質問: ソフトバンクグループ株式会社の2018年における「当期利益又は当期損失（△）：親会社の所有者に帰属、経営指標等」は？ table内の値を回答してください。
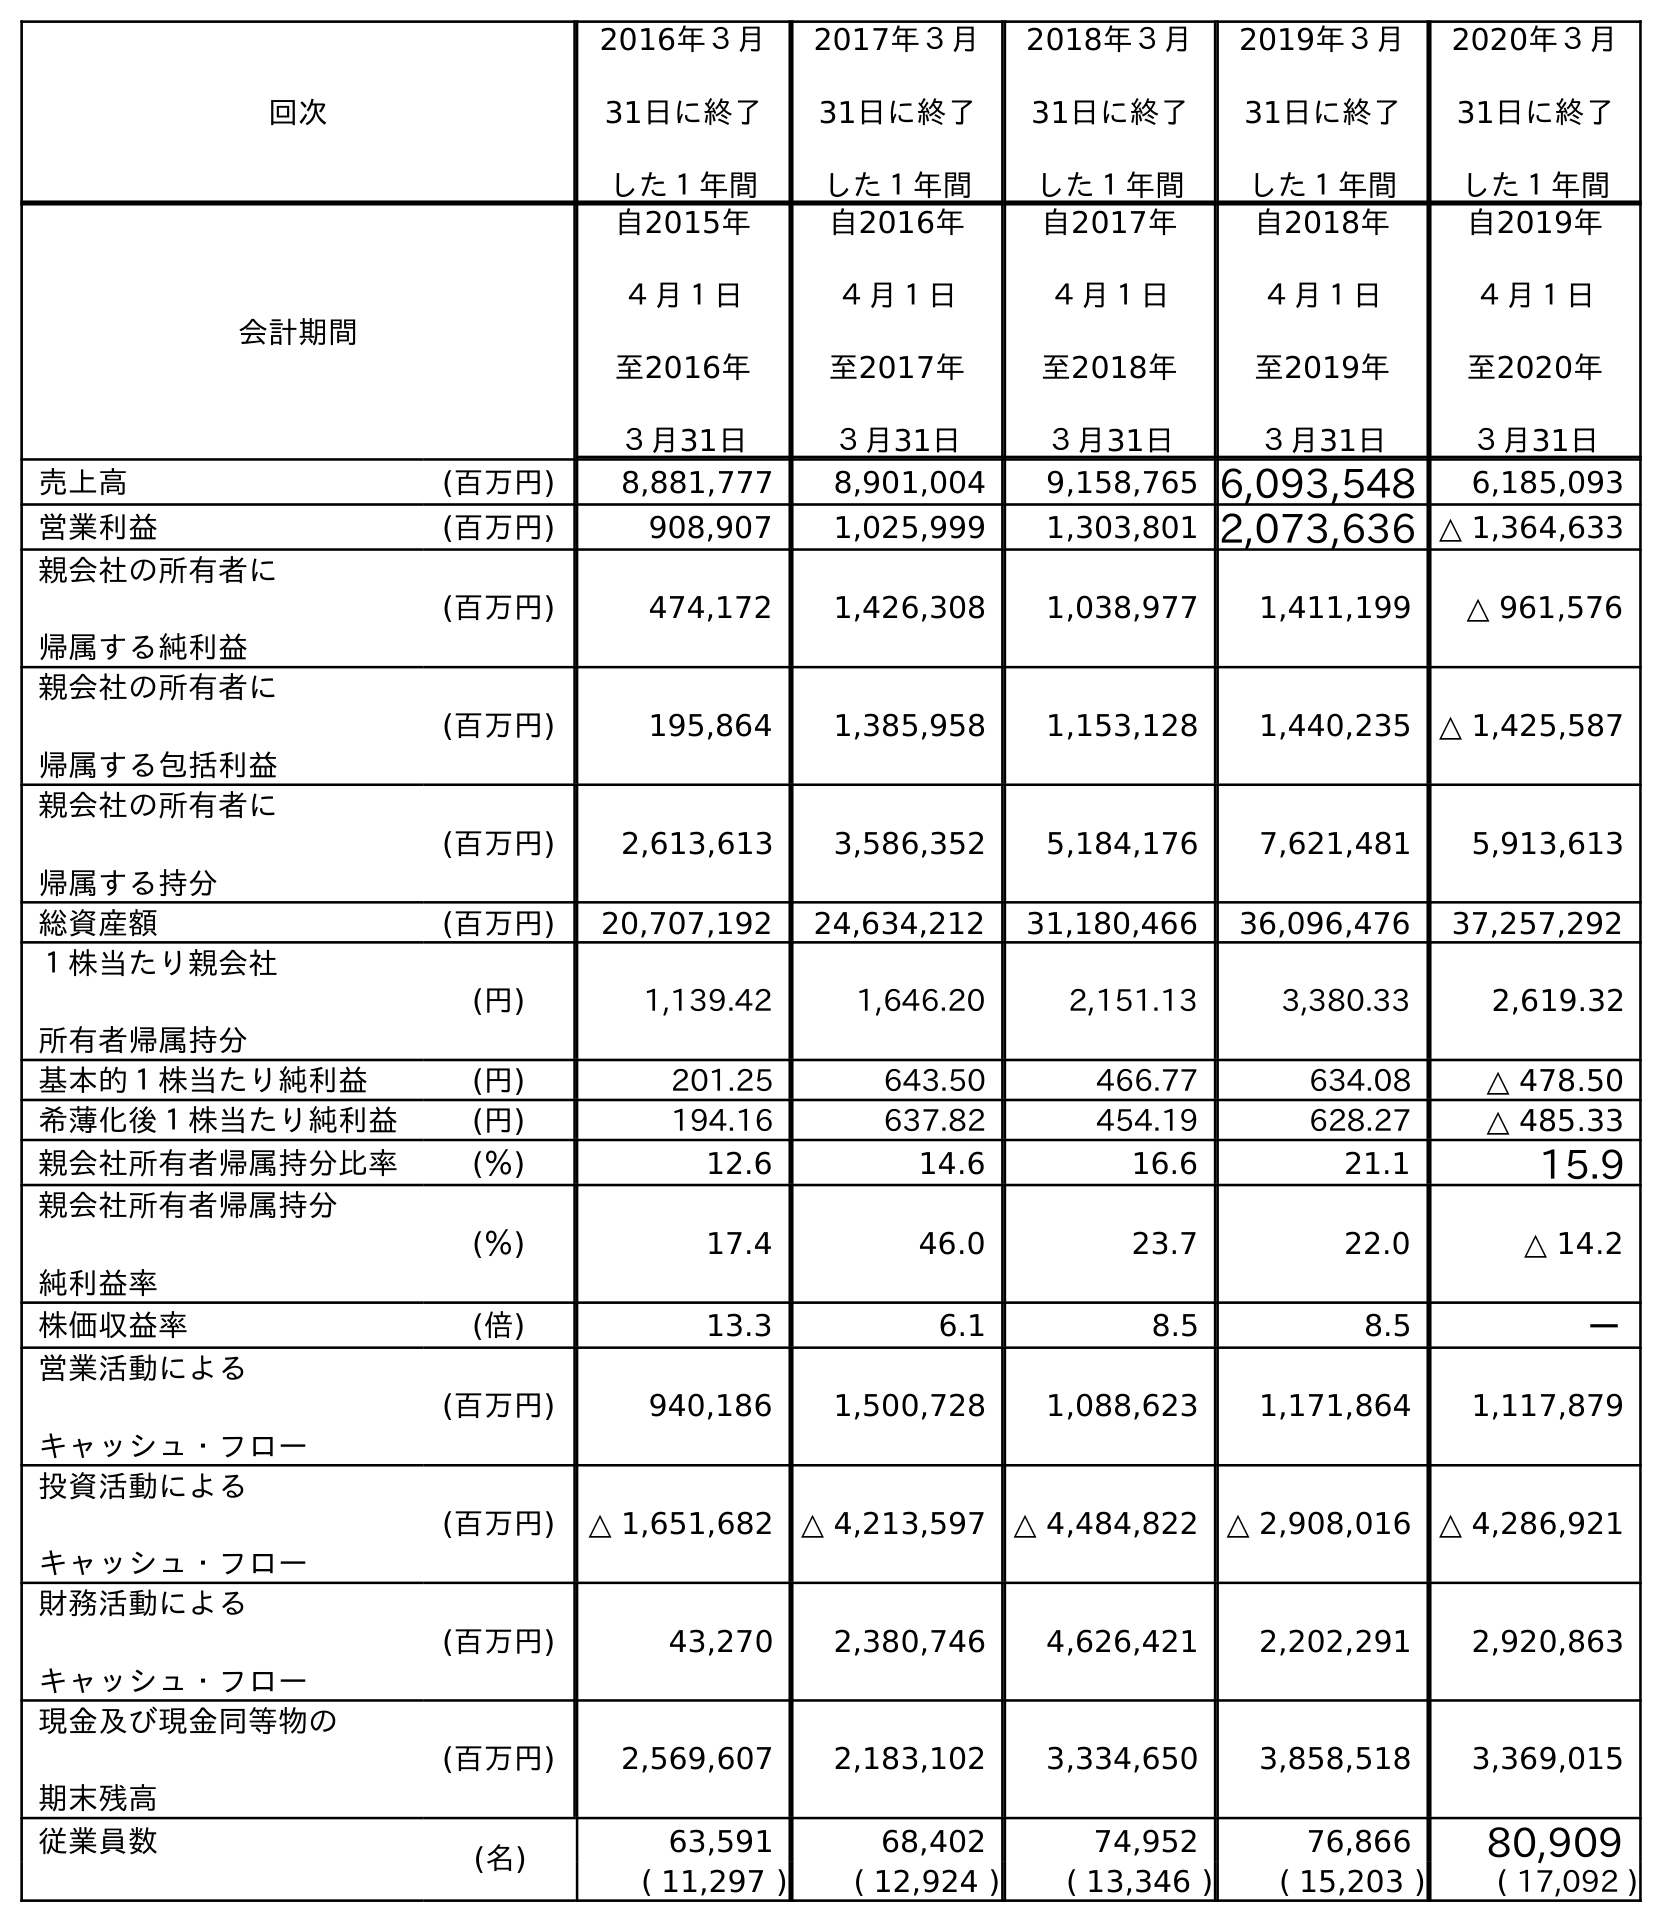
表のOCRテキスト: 回次 2016年３月 31日に終了 した１年間 2017年３月 31日に終了 した１年間 2018年３月 31日に終了 した１年間 2019年３月 31日に終了 した１年間 2020年３月 31日に終了 した１年間 会計期間 自2015年 ４月１日 至2016年 ３月31日 自2016年 ４月１日 至2017年 ３月31日 自2017年 ４月１日 至2018年 ３月31日 自2018年 ４月１日 至2019年 ３月31日 自2019年 ４月１日 至2020年 ３月31日 売上高 (百万円) 8,881,777 8,901,004 9,158,765 6,093,548 6,185,093 営業利益 (百万円) 908,907 1,025,999 1,303,801 2,073,636 △ 1,364,633 親会社の所有者に 帰属する純利益 (百万円) 474,172 1,426,308 1,038,977 1,411,199 △ 961,576 親会社の所有者に 帰属する包括利益 (百万円) 195,864 1,385,958 1,153,128 1,440,235 △ 1,425,587 親会社の所有者に 帰属する持分 (百万円) 2,613,613 3,586,352 5,184,176 7,621,481 5,913,613 総資産額 (百万円) 20,707,192 24,634,212 31,180,466 36,096,476 37,257,292 １株当たり親会社 所有者帰属持分 (円) 1,139.42 1,646.20 2,151.13 3,380.33 2,619.32 基本的１株当たり純利益 (円) 201.25 643.50 466.77 634.08 △ 478.50 希薄化後１株当たり純利益 (円) 194.16 637.82 454.19 628.27 △ 485.33 親会社所有者帰属持分比率 (％) 12.6 14.6 16.6 21.1 15.9 親会社所有者帰属持分 純利益率 (％) 17.4 46.0 23.7 22.0 △ 14.2 株価収益率 (倍) 13.3 6.1 8.5 8.5 － 営業活動による キャッシュ・フロー (百万円) 940,186 1,500,728 1,088,623 1,171,864 1,117,879 投資活動による キャッシュ・フロー (百万円) △ 1,651,682 △ 4,213,597 △ 4,484,822 △ 2,908,016 △ 4,286,921 財務活動による キャッシュ・フロー (百万円) 43,270 2,380,746 4,626,421 2,202,291 2,920,863 現金及び現金同等物の 期末残高 (百万円) 2,569,607 2,183,102 3,334,650 3,858,518 3,369,015 従業員数 (名) 63,591 68,402 74,952 76,866 80,909 ( 11,297 ) ( 12,924 ) ( 13,346 ) ( 15,203 ) ( 17,092 )
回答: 1,038,977